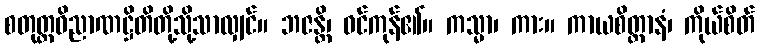
စတုတ္ထဝိညာဏဋ္ဌိတိတို့သို့သာလျှင်။ ဘဇန္တိ၊ ဝင်ကုန်၏။ ကသ္မာ၊ ကား။ ကာယစိတ္တာနံ၊ ကိုယ်စိတ်